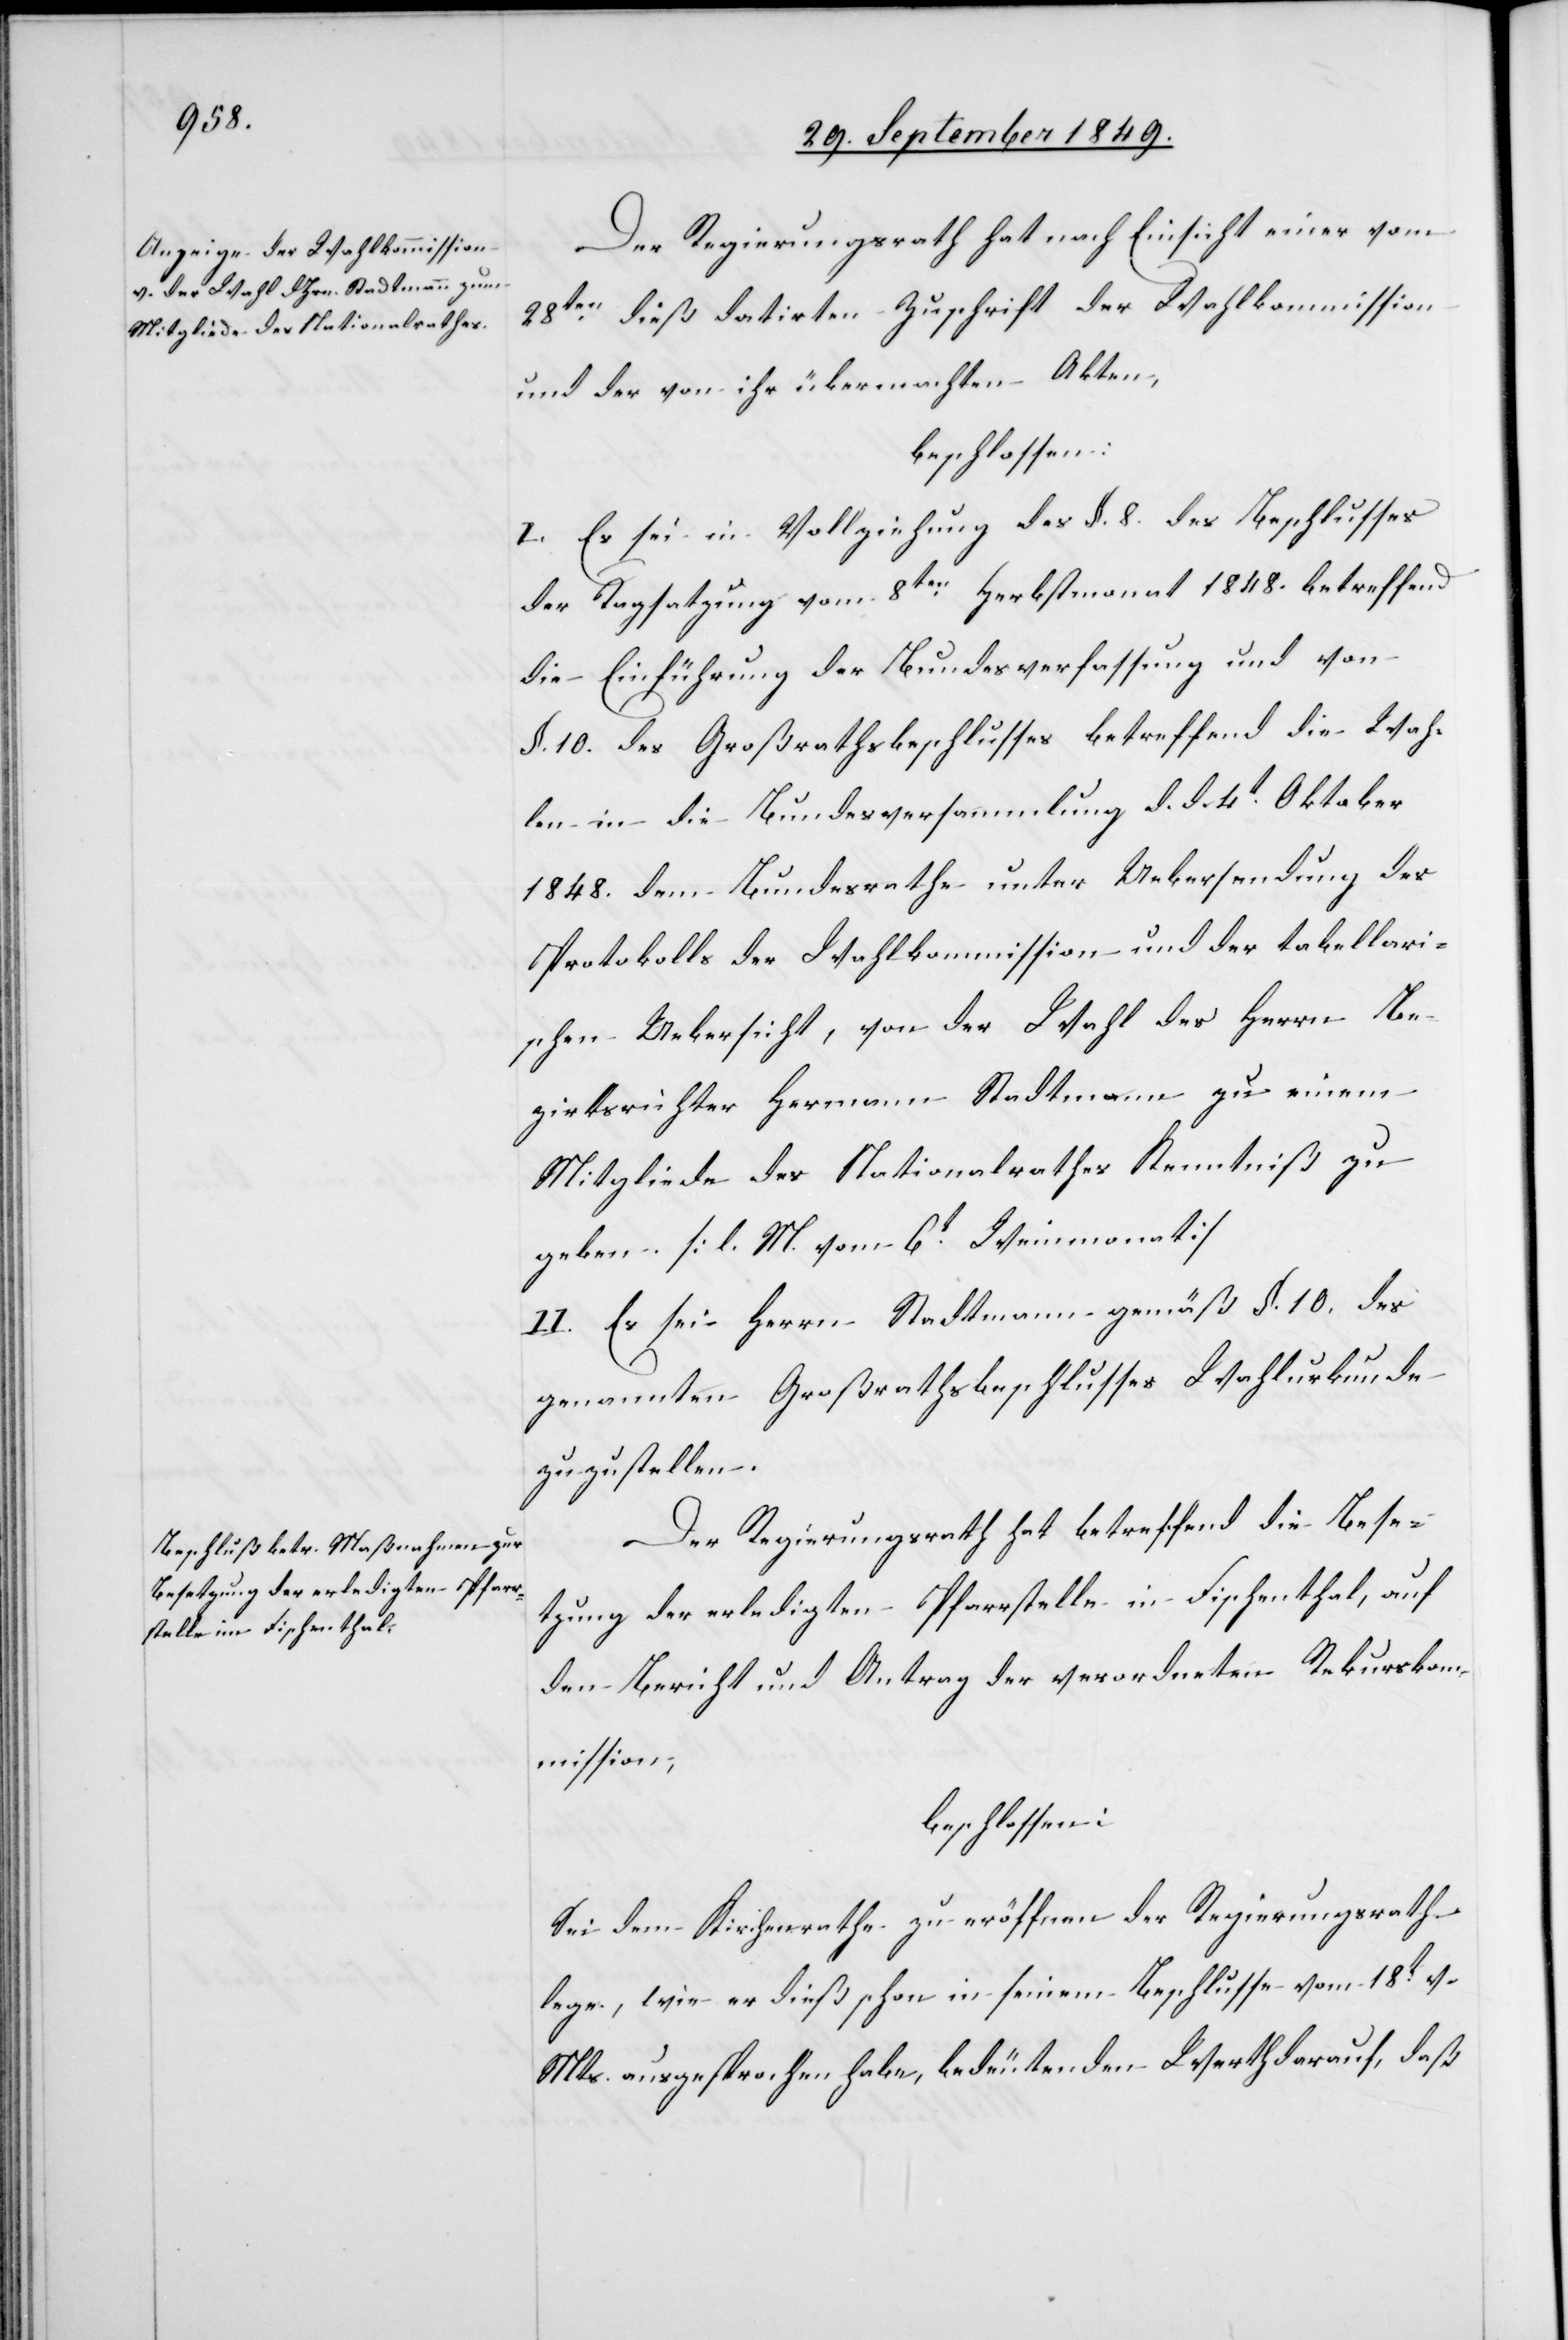
Der Regierungsrath hat nach Einsicht einer vom
28ten dieß datirten Zuschrift der Wahlkommission
und der von ihr übermachten Akten,
beschlossen:
I. Es sei in Vollziehung des §. 8. des Beschlusses
der Tagsatzung vom 8ten Herbstmonat 1848. betreffend
die Einführung der Bundesverfassung und von
§. 10. des Großrathsbeschlusses betreffend die Wah¬
len in die Bundesversammlung d. d. 4t Oktober
1848. dem Bundesrathe unter Uebersendung des
Protokolls der Wahlkommission und der tabellari¬
schen Uebersicht, von der Wahl des Herrn Be¬
zirksrichter Hermann Stadtmann zu einem
Mitgliede des Nationalrathes Kenntniß zu
geben. [l. M. vom 6t Weinmonat]
II. Es sei Herrn Stadtmann gemäß §. 10. des
genannten Großrathsbeschlusses Wahlurkunde
zuzustellen.
Der Regierungsrath hat betreffend die Bese¬
tzung der erledigten Pfarrstelle in Fischenthal, auf
den Bericht und Antrag der verordneten Rekurskom¬
mission,
beschlossen:
Sei dem Kirchenrathe zu eröffnen der Regierungsrath
lege, wie er dieß schon in seinem Beschlusse vom 18t v.
Mts. ausgesprochen habe, bedeutenden Werth darauf, daß